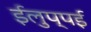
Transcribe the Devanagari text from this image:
ईलुप्पई